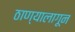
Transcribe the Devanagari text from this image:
ठाण्यालागून